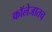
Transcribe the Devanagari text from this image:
कॉलेजातच